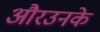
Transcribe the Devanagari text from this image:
औरउनके